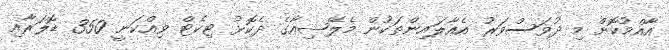
އާއްމުކޮށް މި ދުވަސްވަރު އެއާލައިންތަކުން މެލޭޝިއާގެ ދެކޮޅު ޓިކެޓް ވިއްކަނީ 350 ޑޮލަރާއި